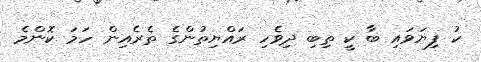
ކު ފިޔަވައި ބާ ކީ ތިބި ދިވެހި ރައްޔިތުންގެ ތެރެއިން ހަމަ ކޮންމެ